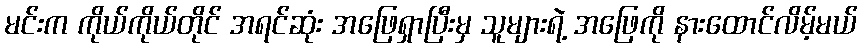
မင်းက ကိုယ်ကိုယ်တိုင် အရင်ဆုံး အဖြေရှာပြီးမှ သူများရဲ့ အဖြေကို နားထောင်လိမ့်မယ်